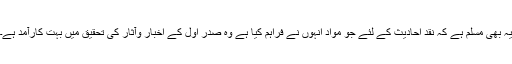
یہ بھی مسلم ہے کہ نقدِ احادیث کے لئے جو مواد انہوں نے فراہم کیا ہے وہ صدر اول کے اَخبار وآثار کی تحقیق میں بہت کارآمد ہے۔